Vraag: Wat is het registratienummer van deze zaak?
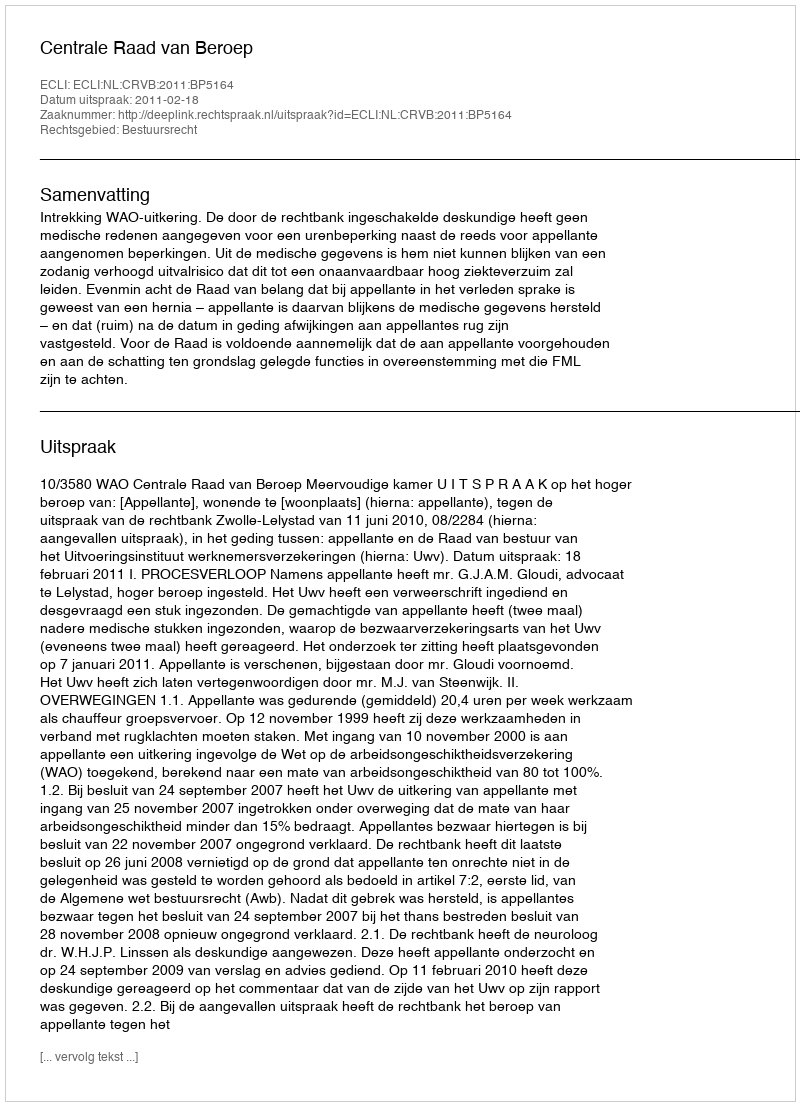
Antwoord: http://deeplink.rechtspraak.nl/uitspraak?id=ECLI:NL:CRVB:2011:BP5164